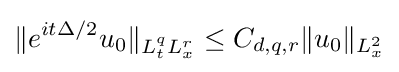
\|e^{it\Delta /2}u_{0}\|_{L_{t}^{q}L_{x}^{r}}\leq C_{d,q,r}\|u_{0}\|_{L_{x}^{2}}